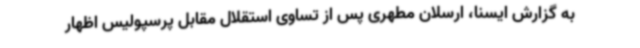
به گزارش ایسنا، ارسلان مطهری پس از تساوی استقلال مقابل پرسپولیس اظهار